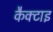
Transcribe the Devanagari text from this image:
कैक्टाइ